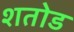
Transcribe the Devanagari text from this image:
शतोड